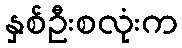
နှစ်ဦးစလုံးက